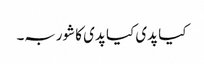
کیا پدی کیا پدی کا شوربہ۔